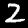
Digit: 2